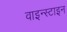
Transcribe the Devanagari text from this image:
वाइन्स्टाइन